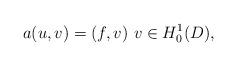
LaTeX: \begin{align*}a(u,v)=(f,v)~v\in H^1_0(D),\end{align*}